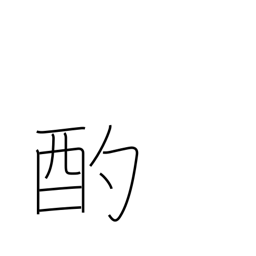
Meaning: scoop